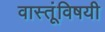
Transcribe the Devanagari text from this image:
वास्तूंविषयी